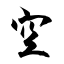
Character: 空